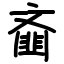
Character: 齑